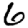
Digit: 6